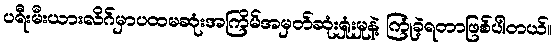
ပရီးမီးယားလိဂ်မှာပထမဆုံးအကြိမ်အမှတ်ဆုံးရှုံးမှုနဲ့ ကြုံခဲ့ရတာဖြစ်ပါတယ်။